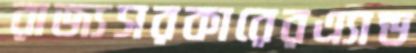
রাজ্যসরকারেরএ্যান্ড